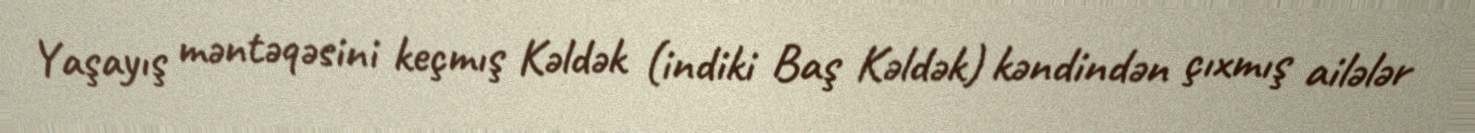
Yaşayış məntəqəsini keçmış Kəldək (indiki Baş Kəldək) kəndindən çıxmış ailələr